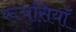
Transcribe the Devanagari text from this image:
रूपसियाँ